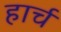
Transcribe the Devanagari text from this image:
हार्च